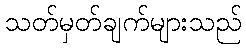
သတ်မှတ်ချက်များသည်